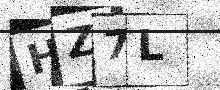
Text: HZ7L